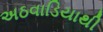
અઠવાડિયાથી